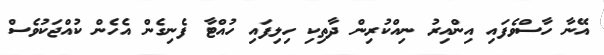
އޭނާ ހާސްވެފައި އިންއިރު ނިއްކުރިން ދާތިކި ހިލިފައި ހުއްޓާ ފެނިގެން އެހެން ކުއްޖަކުވެސް